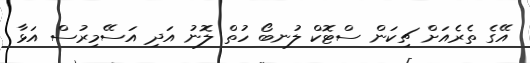
އޭގެ ތެރެއަށް ޗިކަން ސްޓޮކް ލުނބޯ ހުތް ލޮނު އަދި އަސޭމިރުސް އަޅާ